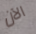
الآن